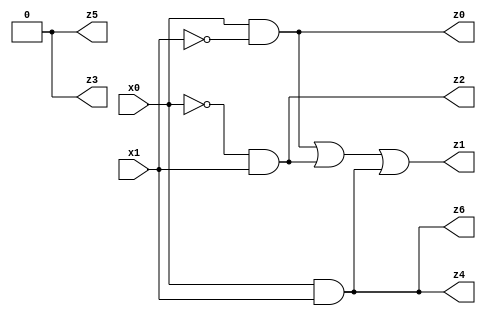
// Benchmark "X_84" written by ABC on Thu Jun 29 21:54:54 2023

module X_84 ( 
    x0, x1,
    z0, z1, z2, z3, z4, z5, z6  );
  input  x0, x1;
  output z0, z1, z2, z3, z4, z5, z6;
  assign z0 = x0 & ~x1;
  assign z1 = (x0 & ~x1) | (~x0 & x1) | (x0 & x1);
  assign z2 = ~x0 & x1;
  assign z3 = 1'b0;
  assign z4 = x0 & x1;
  assign z5 = 1'b0;
  assign z6 = x0 & x1;
endmodule